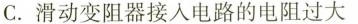
C.滑动变阻器接入电路的电阻过大